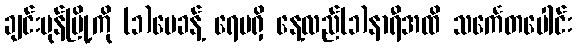
ချင်းမုန်မြို့ကို (၁)ပေခန့် ရေမရှိ နေ့လည်(၁)နာရီအထိ သင်္ကေတပေါင်း